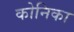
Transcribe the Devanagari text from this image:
कोनिका